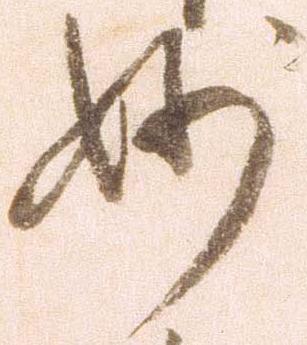
妙